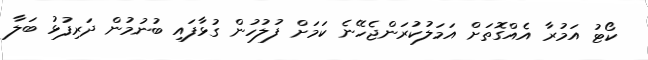
ކޯޓު އަމުރާ އެއްގޮތަށް އަމަލުކުރަންޖެހޭނެ ކަމަށް ފުލުހުން ގުޅާފައި ބުނުމުން ދަރިފުޅު ބަލާ